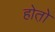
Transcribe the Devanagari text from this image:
होतो़